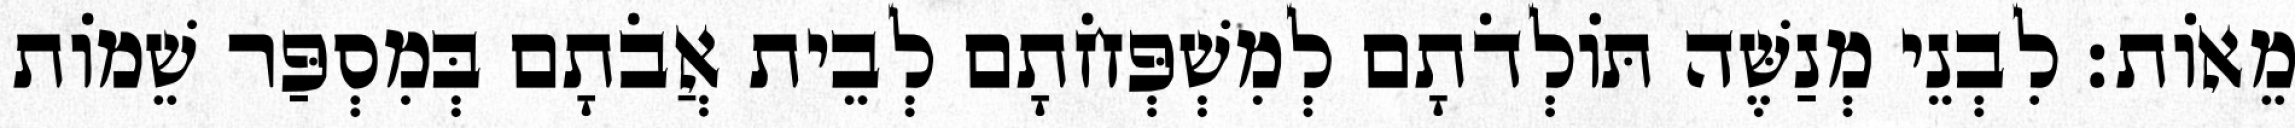
מֵאוֹת׃ לִבְנֵי מְנַשֶּׁה תּוֹלְדֹתָם לְמִשְׁפְּחֹתָם לְבֵית אֲבֹתָם בְּמִסְפַּר שֵׁמוֹת